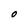
Character: O